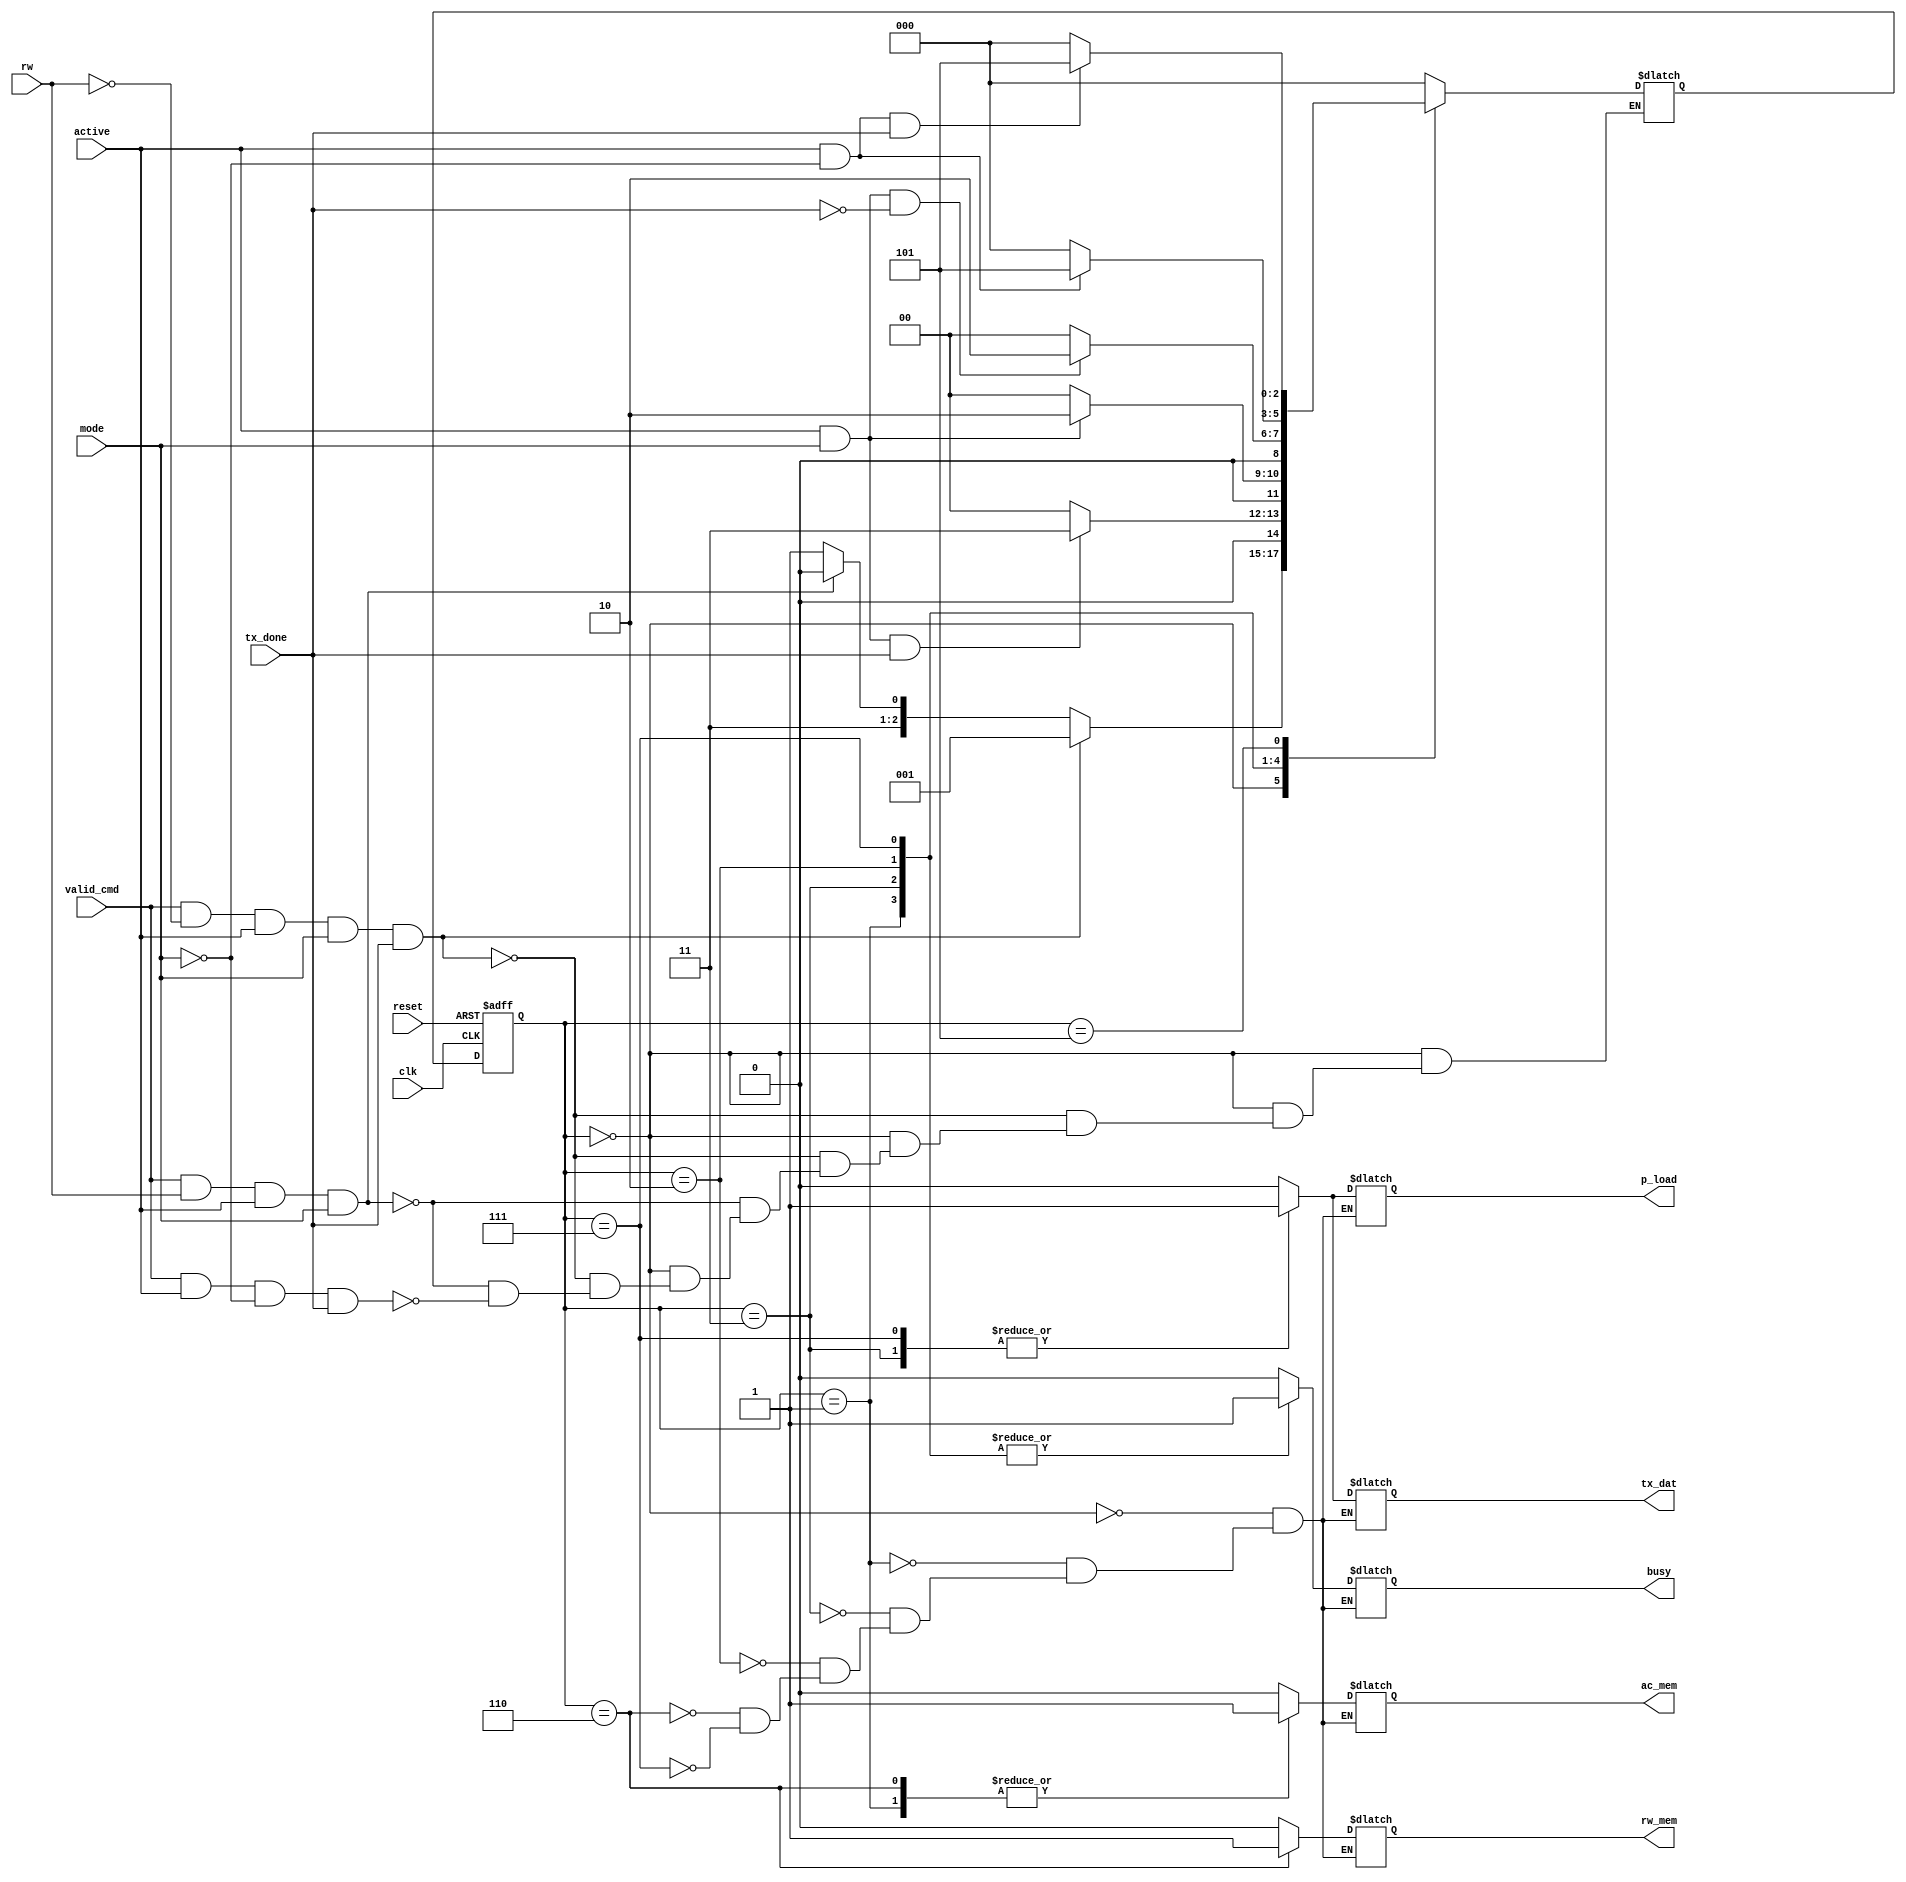
module CONTROL_RW_FLOW(
	input valid_cmd,
	input rw,
	input active,
	input mode,
	input tx_done,
	input reset,
	input clk,
	output reg ac_mem,
	output reg rw_mem,
	output reg p_load,
	output reg tx_dat,
	output reg busy);


	localparam IDLE = 3'b 000;
	localparam S1 = 3'b 001;
	localparam S2 = 3'b 011;
	localparam S3 = 3'b 010;
	localparam S4 = 3'b 110;
	localparam S5 = 3'b 111;
	localparam S6 = 3'b 101;

	reg [2:0] s_c;
	reg [2:0] s_v;

	always @(valid_cmd, rw, active, mode, tx_done, s_c)

		case(s_c)

			IDLE:
				if(valid_cmd == 1 & rw == 0 & active == 1 & mode == 1 & tx_done == 1)
					s_v = S1;
				else if(valid_cmd == 1 & rw == 1 & active == 1 & mode == 1)
					s_v = S4;
				else if(valid_cmd == 1 & active == 1 & mode == 0 & tx_done == 1)
					s_v = S5;

			S1:
				if(active == 1 & mode == 1 & tx_done == 1)
					s_v = S2;
				else
					s_v = IDLE;

			S2:
				if(active == 1 & mode == 1)
					s_v = S3;
				else
					s_v = IDLE;

			S3:
				if(active == 1 & mode == 1 & tx_done == 0)
					s_v = S3;
				else
					s_v = IDLE;

			S4:
				s_v = IDLE;

			S5:
				if(active == 1 & mode == 0)
					s_v = S6;
				else
					s_v = IDLE;

			S6:
				if(active == 1 & mode == 0 & tx_done)
					s_v = S6;
				else
					s_v = IDLE;

			default:
				s_v = IDLE;
		endcase


	always @(posedge clk, posedge reset) begin

		if(reset) s_c <= IDLE;
		else s_c <= s_v;

	end

	always @(s_c)

		case(s_c)

			IDLE:
			begin ac_mem = 0; rw_mem = 0; p_load = 0; tx_dat = 0; busy = 0; end

			S1:
			begin ac_mem = 1; rw_mem = 0; p_load = 0; tx_dat = 0; busy = 1; end

			S2:
			begin ac_mem = 0; rw_mem = 0; p_load = 1; tx_dat = 1; busy = 1; end

			S3:
			begin ac_mem = 0; rw_mem = 0; p_load = 0; tx_dat = 0; busy = 1; end

			S4:
			begin ac_mem = 1; rw_mem = 1; p_load = 0; tx_dat = 0; busy = 0; end

			S5:
			begin ac_mem = 0; rw_mem = 0; p_load = 1; tx_dat = 1; busy = 1; end

			S1:
			begin ac_mem = 0; rw_mem = 0; p_load = 0; tx_dat = 0; busy = 1; end

		endcase

endmodule